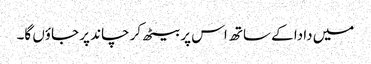
میں دادا کے ساتھ اس پر بیٹھ کر چاند پر جاؤں گا۔